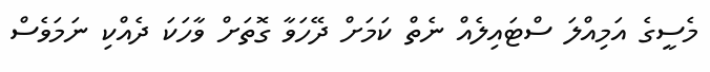
މެސީގެ އަމިއްލަ ސްޓައިލެއް ނެތް ކަމަށް ދޭހަވާ ގޮތަށް ވާހަކަ ދެއްކި ނަމަވެސް